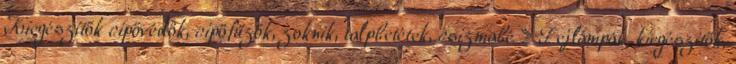
Kiegészítők cipővédők, cipőfűzők, zoknik, talpbetétek, csizmabé » Fejlámpák, kiegészítők,